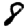
Digit: 8